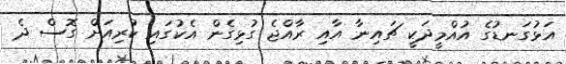
އަޅުގަނޑުގެ އުއްމީދަކީ ޗައިނާ އާއި ރާއްޖެ ގުޅިގެން އެކުގައި ކުރިއަށް ގޮސް ދެ